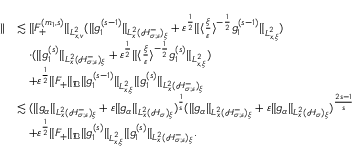
\begin{array} { r l } { | | } & { \lesssim \| F _ { + } ^ { ( m _ { 1 } , s ) } \| _ { L _ { x , v } ^ { 2 } } ( \| g _ { 1 } ^ { ( s - 1 ) } \| _ { L _ { x } ^ { 2 } ( \mathcal H _ { \sigma ; \varepsilon } ^ { - } ) _ { \xi } } + \varepsilon ^ { \frac { 1 } { 2 } } \| \langle \frac { \xi } { \varepsilon } \rangle ^ { - \frac { 1 } { 2 } } g _ { 1 } ^ { ( s - 1 ) } \| _ { L _ { x , \xi } ^ { 2 } } ) } \\ & { \quad \cdot ( \| g _ { 1 } ^ { ( s ) } \| _ { L _ { x } ^ { 2 } ( \mathcal H _ { \sigma ; \varepsilon } ^ { - } ) _ { \xi } } + \varepsilon ^ { \frac { 1 } { 2 } } \| \langle \frac { \xi } { \varepsilon } \rangle ^ { - \frac { 1 } { 2 } } g _ { 1 } ^ { ( s ) } \| _ { L _ { x , \xi } ^ { 2 } } ) } \\ & { \quad + \varepsilon ^ { \frac { 1 } { 2 } } \| F _ { + } \| _ { \mathfrak D } \| g _ { 1 } ^ { ( s - 1 ) } \| _ { L _ { x , \xi } ^ { 2 } } \| g _ { 1 } ^ { ( s ) } \| _ { L _ { x } ^ { 2 } ( \mathcal H _ { \sigma ; \varepsilon } ^ { - } ) _ { \xi } } } \\ & { \lesssim ( \| g _ { \alpha } \| _ { L _ { x } ^ { 2 } ( \mathcal H _ { \sigma ; \varepsilon } ^ { - } ) _ { \xi } } + \varepsilon \| g _ { \alpha } \| _ { L _ { x } ^ { 2 } ( \mathcal H _ { \sigma } ) _ { \xi } } ) ^ { \frac { 1 } { s } } ( \| g _ { \alpha } \| _ { L _ { x } ^ { 2 } ( \mathcal H _ { \sigma ; \varepsilon } ^ { - } ) _ { \xi } } + \varepsilon \| g _ { \alpha } \| _ { L _ { x } ^ { 2 } ( \mathcal H _ { \sigma } ) _ { \xi } } ) ^ { \frac { 2 s - 1 } { s } } } \\ & { \quad + \varepsilon ^ { \frac { 1 } { 2 } } \| F _ { + } \| _ { \mathfrak D } \| g _ { 1 } ^ { ( s ) } \| _ { L _ { x , \xi } ^ { 2 } } \| g _ { 1 } ^ { ( s ) } \| _ { L _ { x } ^ { 2 } ( \mathcal H _ { \sigma ; \varepsilon } ^ { - } ) _ { \xi } } . } \end{array}